Annual report of the Bengal Veterinary College and of the Civil Veterinary Department, Bengal, for the year 1914-1915 - 1914-1915
Year: 1914
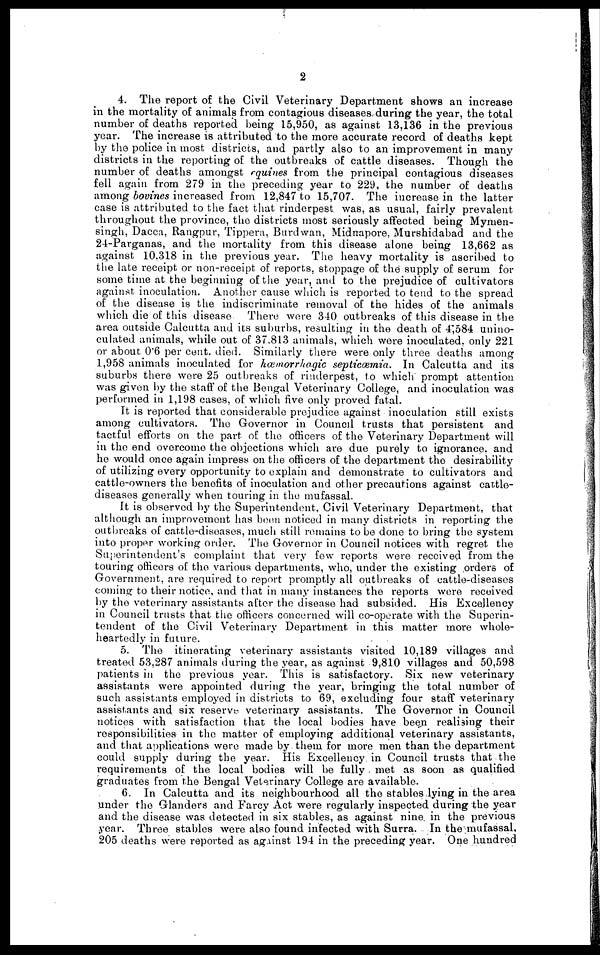
2
4. The report of the Civil Veterinary Department shows an increase
in the mortality of animals from contagious diseases during the year, the total
number of deaths reported being 15,950, as against 13,136 in the previous
year. The increase is attributed to the more accurate record of deaths kept
by the police in most districts, and partly also to an improvement in many
districts in the reporting of the outbreaks of cattle diseases. Though the
number of deaths amongst equines from the principal contagious diseases
fell again from 279 in the preceding year to 229, the number of deaths
among bovines increased from 12,847 to 15,707. The increase in the latter
case is attributed to the fact that rinderpest was, as usual, fairly prevalent
throughout the province, the districts most seriously affected being Mymen-
singh, Dacca, Rangpur, Tippera, Burdwan, Midnapore, Murshidabad and the
24-Parganas, and the mortality from this disease alone being 13,662 as
against 10.318 in the previous year. The heavy mortality is ascribed to
the late receipt or non-receipt of reports, stoppage of the supply of serum for
some time at the beginning of the year, and to the prejudice of cultivators
against inoculation. Another cause which is reported to tend to the spread
of the disease is the indiscriminate removal of the hides of the animals
which die of this disease. There were 340 outbreaks of this disease in the
area outside Calcutta and its suburbs, resulting in the death of 4,584 unino-
culated animals, while out of 37,813 animals, which were inoculated, only 221
or about 0.6 per cent. died. Similarly there were only three deaths among
1,958 animals inoculated for hœmorrhagic septicœmia.
In Calcutta and its
suburbs there were 25 outbreaks of rinderpest, to which prompt attention
was given by the staff of the Bengal Veterinary College, and inoculation was
performed in 1,198 cases, of which five only proved fatal.
It is reported that considerable prejudice against inoculation still exists
among cultivators. The Governor in Council trusts that persistent and
tactful efforts on the part of the officers of the Veterinary Department will
in the end overcome the objections which are due purely to ignorance, and
he would once again impress on the officers of the department the desirability
of utilizing every opportunity to explain and demonstrate to cultivators and
cattle-owners the benefits of inoculation and other precautions against cattle-
diseases generally when touring in the mufassal.
It is observed by the Superintendent, Civil Veterinary Department, that
although an improvement has been noticed in many districts in reporting the
outbreaks of cattle-diseases, much still remains to be done to bring the system
into proper working order. The Governor in Council notices with regret the
Superintendent's complaint that very few reports were received from the
touring officers of the various departments, who, under the existing orders of
Government, are required to report promptly all outbreaks of cattle-diseases
coming to their notice, and that in many instances the reports were received
by the veterinary assistants after the disease had subsided. His Excellency
in Council trusts that the officers concerned will co-operate with the Superin-
tendent of the Civil Veterinary Department in this matter more whole-
heartedly in future.
5. The itinerating veterinary assistants visited 10,189 villages and
treated 53,287 animals during the year, as against 9,810 villages and 50,598
patients in the previous year. This is satisfactory. Six new veterinary
assistants were appointed during the year, bringing the total number of
such assistants employed in districts to 69, excluding four staff veterinary
assistants and six reserve veterinary assistants. The Governor in Council
notices with satisfaction that the local bodies have been realising their
responsibilities in the matter of employing additional veterinary assistants,
and that applications were made by them for more men than the department
could supply during the year. His Excellency in Council trusts that the
requirements of the local bodies will be fully met as soon as qualified
graduates from the Bengal Veterinary College are available.
6. In Calcutta and its neighbourhood all the stables lying in the area
under the Glanders and Farcy Act were regularly inspected during the year
and the disease was detected in six stables, as against nine in the previous
year. Three stables were also found infected with Surra. In the mufassal,
205 deaths were reported as against 194 in the preceding year. One hundred